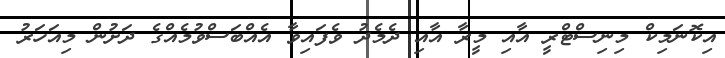
އިކޮނަމިކް މިނިސްޓްރީ އާއި މީރާ އާއި ދެމެދު ވެފައިވާ އެއްބަސްވުމެއްގެ ދަށުން މިއަހަރު